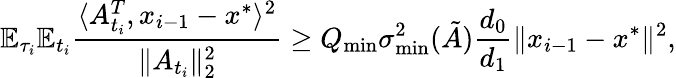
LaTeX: \mathbb{E}_{\tau_{i}}\mathbb{E}_{t_{i}}\frac{\langle A_{t_{i}}^{T},x_{i-1}-x^{*}\rangle^{2}}{\| A_{t_{i}}\| _{2}^{2}}\geq Q_{\operatorname*{min}}\sigma_{\operatorname*{min}}^{2}(\tilde{A})\frac{d_{0}}{d_{1}}\| x_{i-1}-x^{*}\| ^{2},